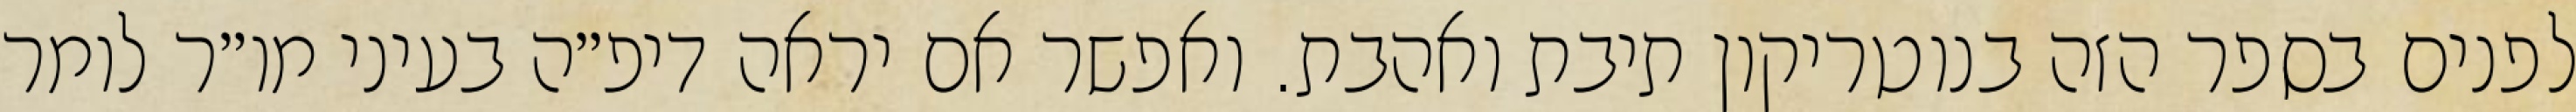
לפנים בספר הזה בנוטריקון תיבת ואהבת. ואפשר אם יראה דיפ״ה בעיני מו״ר לומר